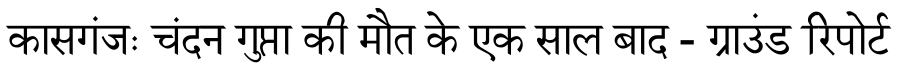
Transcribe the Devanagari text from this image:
कासगंजः चंदन गुप्ता की मौत के एक साल बाद - ग्राउंड रिपोर्ट